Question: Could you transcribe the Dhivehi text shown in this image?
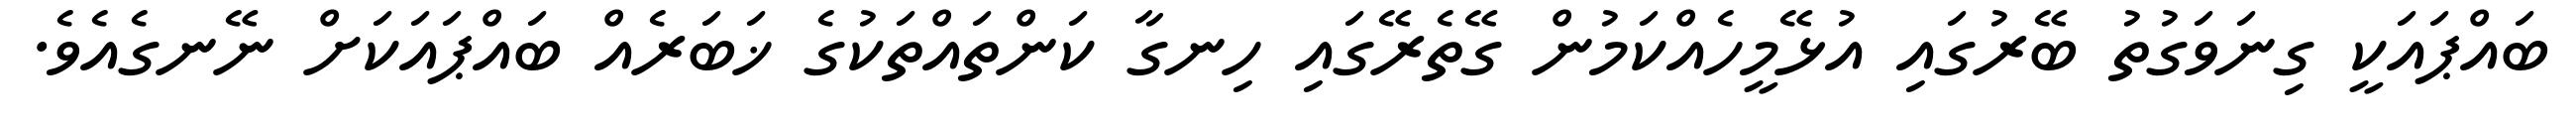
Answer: ބައްޕައަކީ ގިނަވަގުތު ބޭރުގައި އުޅޭމީހެއްކަމުން ގޭތެރޭގައި ހިނގާ ކަންތައްތަކުގެ ޚަބަރެއް ބައްޕައަކަށް ނޭނގެއެވެ.